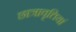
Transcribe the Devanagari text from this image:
छात्रावृत्तियां